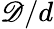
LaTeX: \mathscr{D}/d